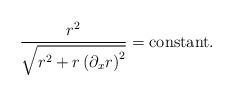
LaTeX: \begin{align*}\frac{r^2}{\sqrt{r^2+r\left( {{\partial}_xr}\right)^2}}={\mbox{constant}}.\end{align*}